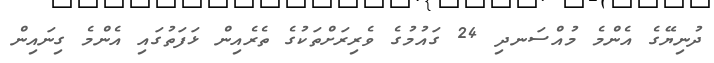
ދުނިޔޭގެ އެންމެ މުއްސަނދި 24 ގައުމުގެ ވެރިރަށްތަކުގެ ތެރެއިން ޅަފަތުގައި އެންމެ ގިނައިން